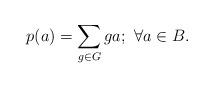
LaTeX: \begin{align*}p(a) = \sum_{g \in G}ga; \ \forall a \in B.\end{align*}